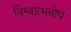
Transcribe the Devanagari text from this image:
विश्वात्मबोध